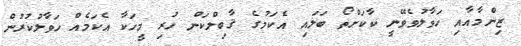
ޒިންމާއާއި ހަވާލުވެވޭނީ ކާކަށްތޯ ބަލައި އެކަމުގެ ޤާބިލްކަން ހުރި މީހަކާ އެކަމެއް ހަވާލުކުރުން